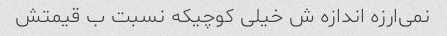
نمی‌ارزه اندازه ش خیلی کوچیکه نسبت ب قیمتش